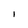
Character: i